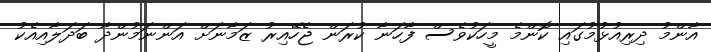
އާންމު ދިރިއުޅުމުގައި ކޮންމެ މީހަކުވެސް ފާހަނާ ކުރަން ޖެހޭއިރު ޒަމާނަށް އަންނަމުންދާ ބަދަލާއިއެކު